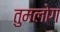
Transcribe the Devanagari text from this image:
तुमलोग